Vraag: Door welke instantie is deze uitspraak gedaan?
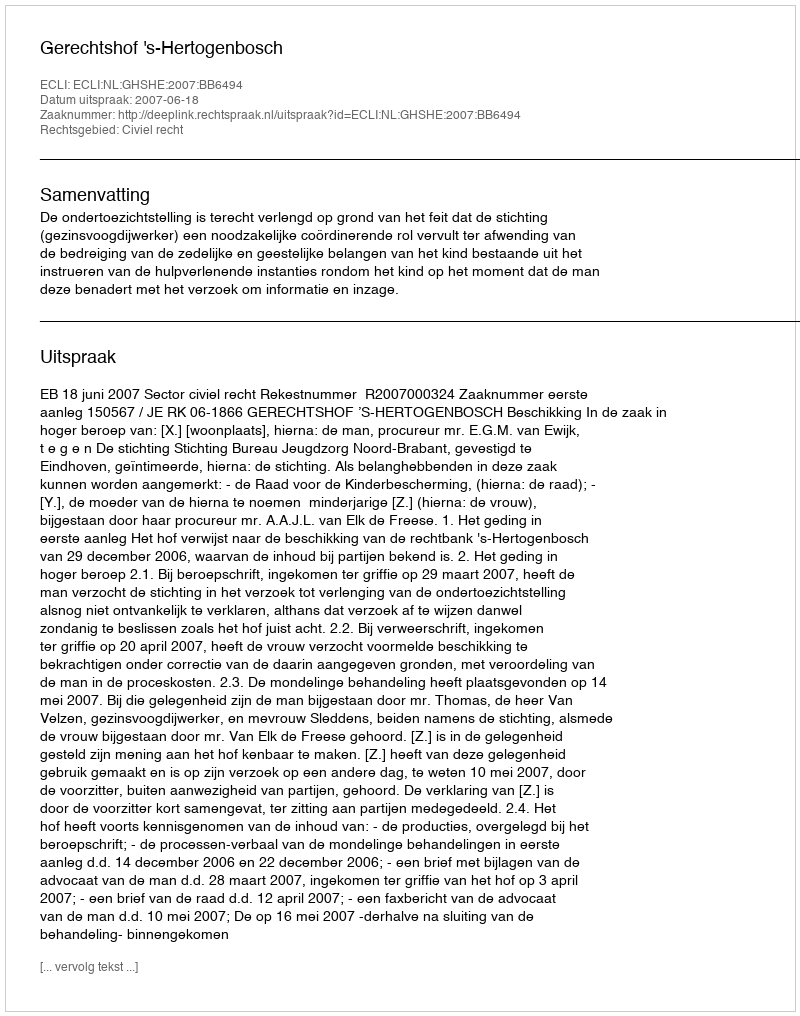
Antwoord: Gerechtshof 's-Hertogenbosch